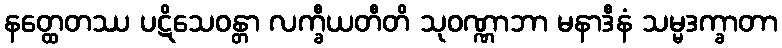
နတ္ထေတဿ ပဋိသေဝန္တာ လက္ခီယတီတိ သုဝဏ္ဏာဘာ မနာဒီနံ သမ္မဒက္ခာတာ